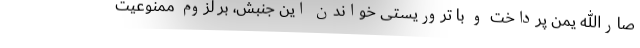
صارالله یمن پرداخت و با تروریستی خواندن این جنبش، بر لزوم ممنوعیت